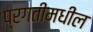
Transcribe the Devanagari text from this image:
प्रगतीमधील